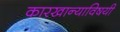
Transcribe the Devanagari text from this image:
कारखान्याविषयी